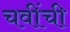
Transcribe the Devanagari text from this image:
चवींची